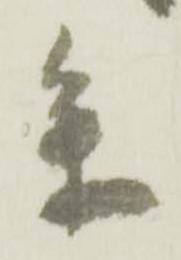
参